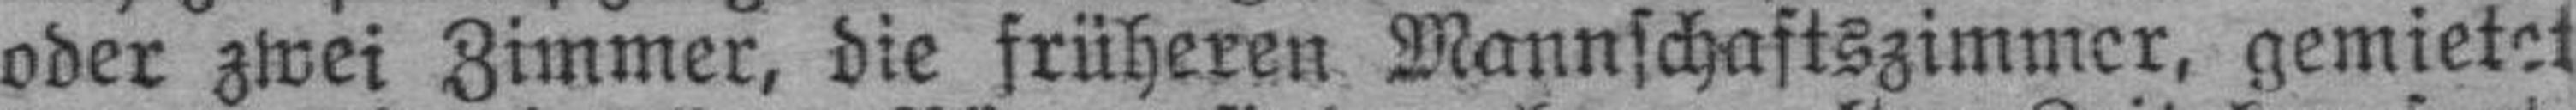
oder zwei Zimmer, die früheren Mannschaftszimmer, gemietet